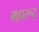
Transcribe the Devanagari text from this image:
महारूद्र